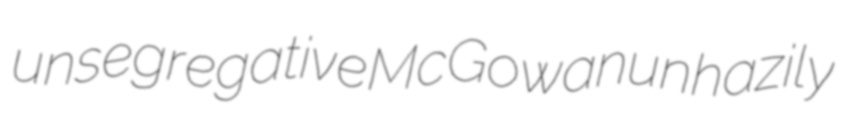
unsegregative McGowan unhazily